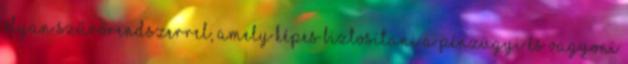
olyan szűrőrendszerrel, amely képes biztosítani a pénzügyi és vagyoni